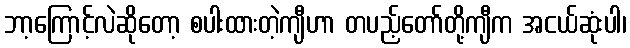
ဘာ့ကြောင့်လဲဆိုတော့ စပါးထားတဲ့ကျီဟာ တပည့်တော်တို့ကျီက အငယ်ဆုံးပါ၊